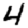
Digit: 4